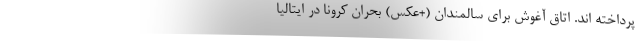
پرداخته اند. اتاق آغوش برای سالمندان (+عکس) بحران کرونا در ایتالیا